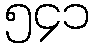
၅၄၁